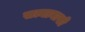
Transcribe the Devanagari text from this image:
सत्यानासी